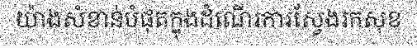
យ៉ាងសំខាន់បំផុតក្នុងដំណើរការស្វែងរកសុខ